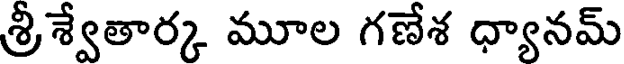
శ్రీశ్వేతార్క మూల గణేశ ధ్యానమ్